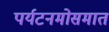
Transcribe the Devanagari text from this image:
पर्यटनमोसमात